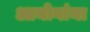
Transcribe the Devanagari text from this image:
आयोगांना